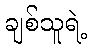
ချစ်သူရဲ့